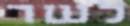
לשר